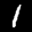
Label: 1